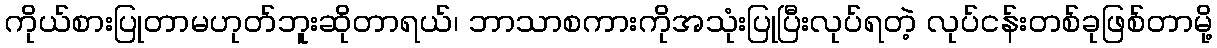
ကိုယ်စားပြုတာမဟုတ်ဘူးဆိုတာရယ်၊ ဘာသာစကားကိုအသုံးပြုပြီးလုပ်ရတဲ့ လုပ်ငန်းတစ်ခုဖြစ်တာမို့